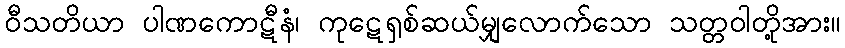
ဝီသတိယာ ပါဏကောဋီနံ၊ ကုဋေရှစ်ဆယ်မျှလောက်သော သတ္တဝါတို့အား။